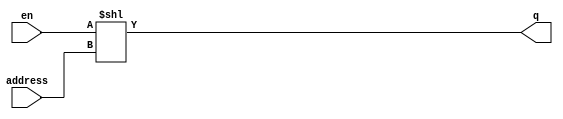
// 32-bit decoder
module decoder1to32
(
    output[31:0] q,
    input en,
    input[4:0] address
);
    assign q = en<<address;

endmodule